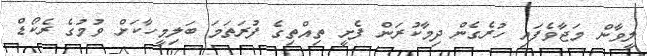
ލީވާން މަޖާވެފައި ހުރެގެން ދިމާކުރަން ފެށީ ތިއްތިގެ ފުރަތަމަ ބަލިމީހާކަށް ވުމުގެ ރެކޯޑް